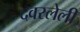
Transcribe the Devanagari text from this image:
दवरलेली